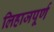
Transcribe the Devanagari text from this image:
लिहाजपूर्ण